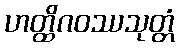
ဟတ္ထိဂဝဿသုတ္တံ